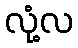
လုံ့လ